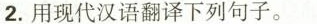
2.用现代汉语翻译下列句子。